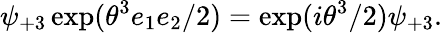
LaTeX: \psi_{+3}\exp(\theta^{3}e_{1}e_{2}/2)=\exp(i\theta^{3}/2)\psi_{+3}.